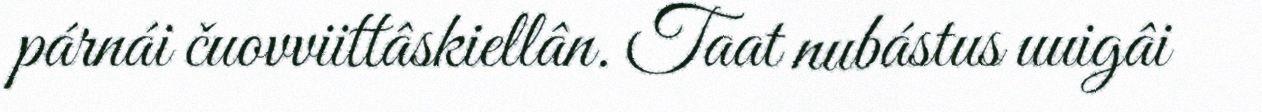
párnái čuovviittâskiellân. Taat nubástus uuigâi